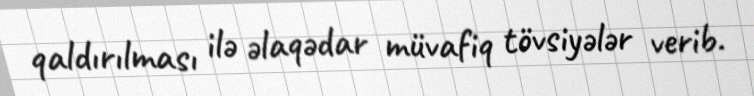
qaldırılması ilə əlaqədar müvafiq tövsiyələr verib.